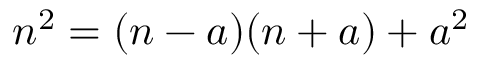
n ^ { 2 } = ( n - a ) ( n + a ) + a ^ { 2 }